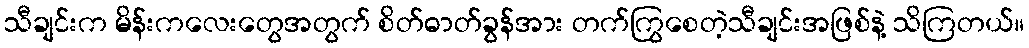
သီချင်းက မိန်းကလေးတွေအတွက် စိတ်ဓာတ်ခွန်အား တက်ကြွစေတဲ့သီချင်းအဖြစ်နဲ့ သိကြတယ်။